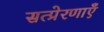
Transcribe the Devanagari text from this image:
सत्प्रेरणाएँ